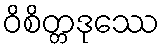
ဝိစိတ္တဒုဿေ